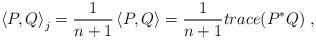
LaTeX: \begin{align*}\left\langle P,Q\right\rangle _{j}=\frac{1}{n+1}\left\langle P,Q\right\rangle=\frac{1}{n+1}trace(P^{\ast}Q)\ , \end{align*}